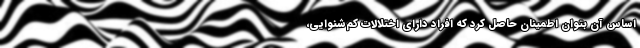
اساس آن بتوان اطمینان حاصل کرد که افراد دارای اختلالات کم‌شنوایی،